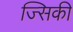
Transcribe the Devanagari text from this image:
ज्सिकी